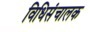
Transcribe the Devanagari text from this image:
विधिसंचालक